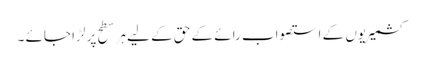
کشمیریوں کے استصواب رائے کے حق کے لیے ہر سطح پر لڑا جائے ۔